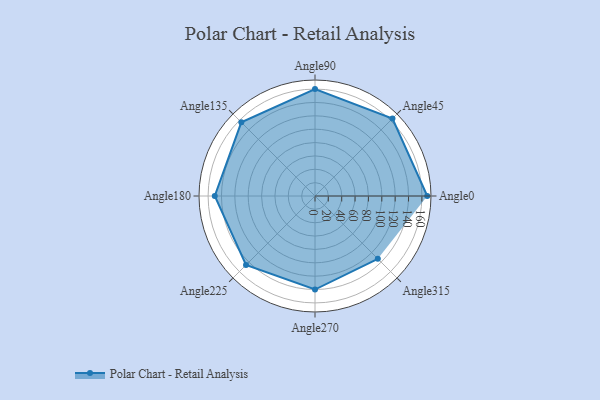
{"axis": {"x": "Angle", "y": "Radius"}, "legend": [""], "data": [{"x": "Angle0", "y": 168.0, "type": ""}, {"x": "Angle45", "y": 164.0, "type": ""}, {"x": "Angle90", "y": 160.0, "type": ""}, {"x": "Angle135", "y": 156.0, "type": ""}, {"x": "Angle180", "y": 150.0, "type": ""}, {"x": "Angle225", "y": 146.0, "type": ""}, {"x": "Angle270", "y": 140.0, "type": ""}, {"x": "Angle315", "y": 133.0, "type": ""}]}